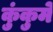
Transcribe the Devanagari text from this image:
कुंकुमे